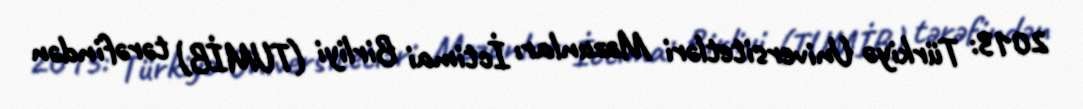
2013: Türkiyə Universitetləri Məzunları İctimai Birliyi (TUMİB) tərəfindən